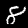
Digit: 8